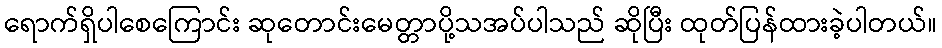
ရောက်ရှိပါစေကြောင်း ဆုတောင်းမေတ္တာပို့သအပ်ပါသည် ဆိုပြီး ထုတ်ပြန်ထားခဲ့ပါတယ်။